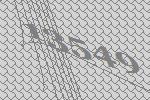
13549